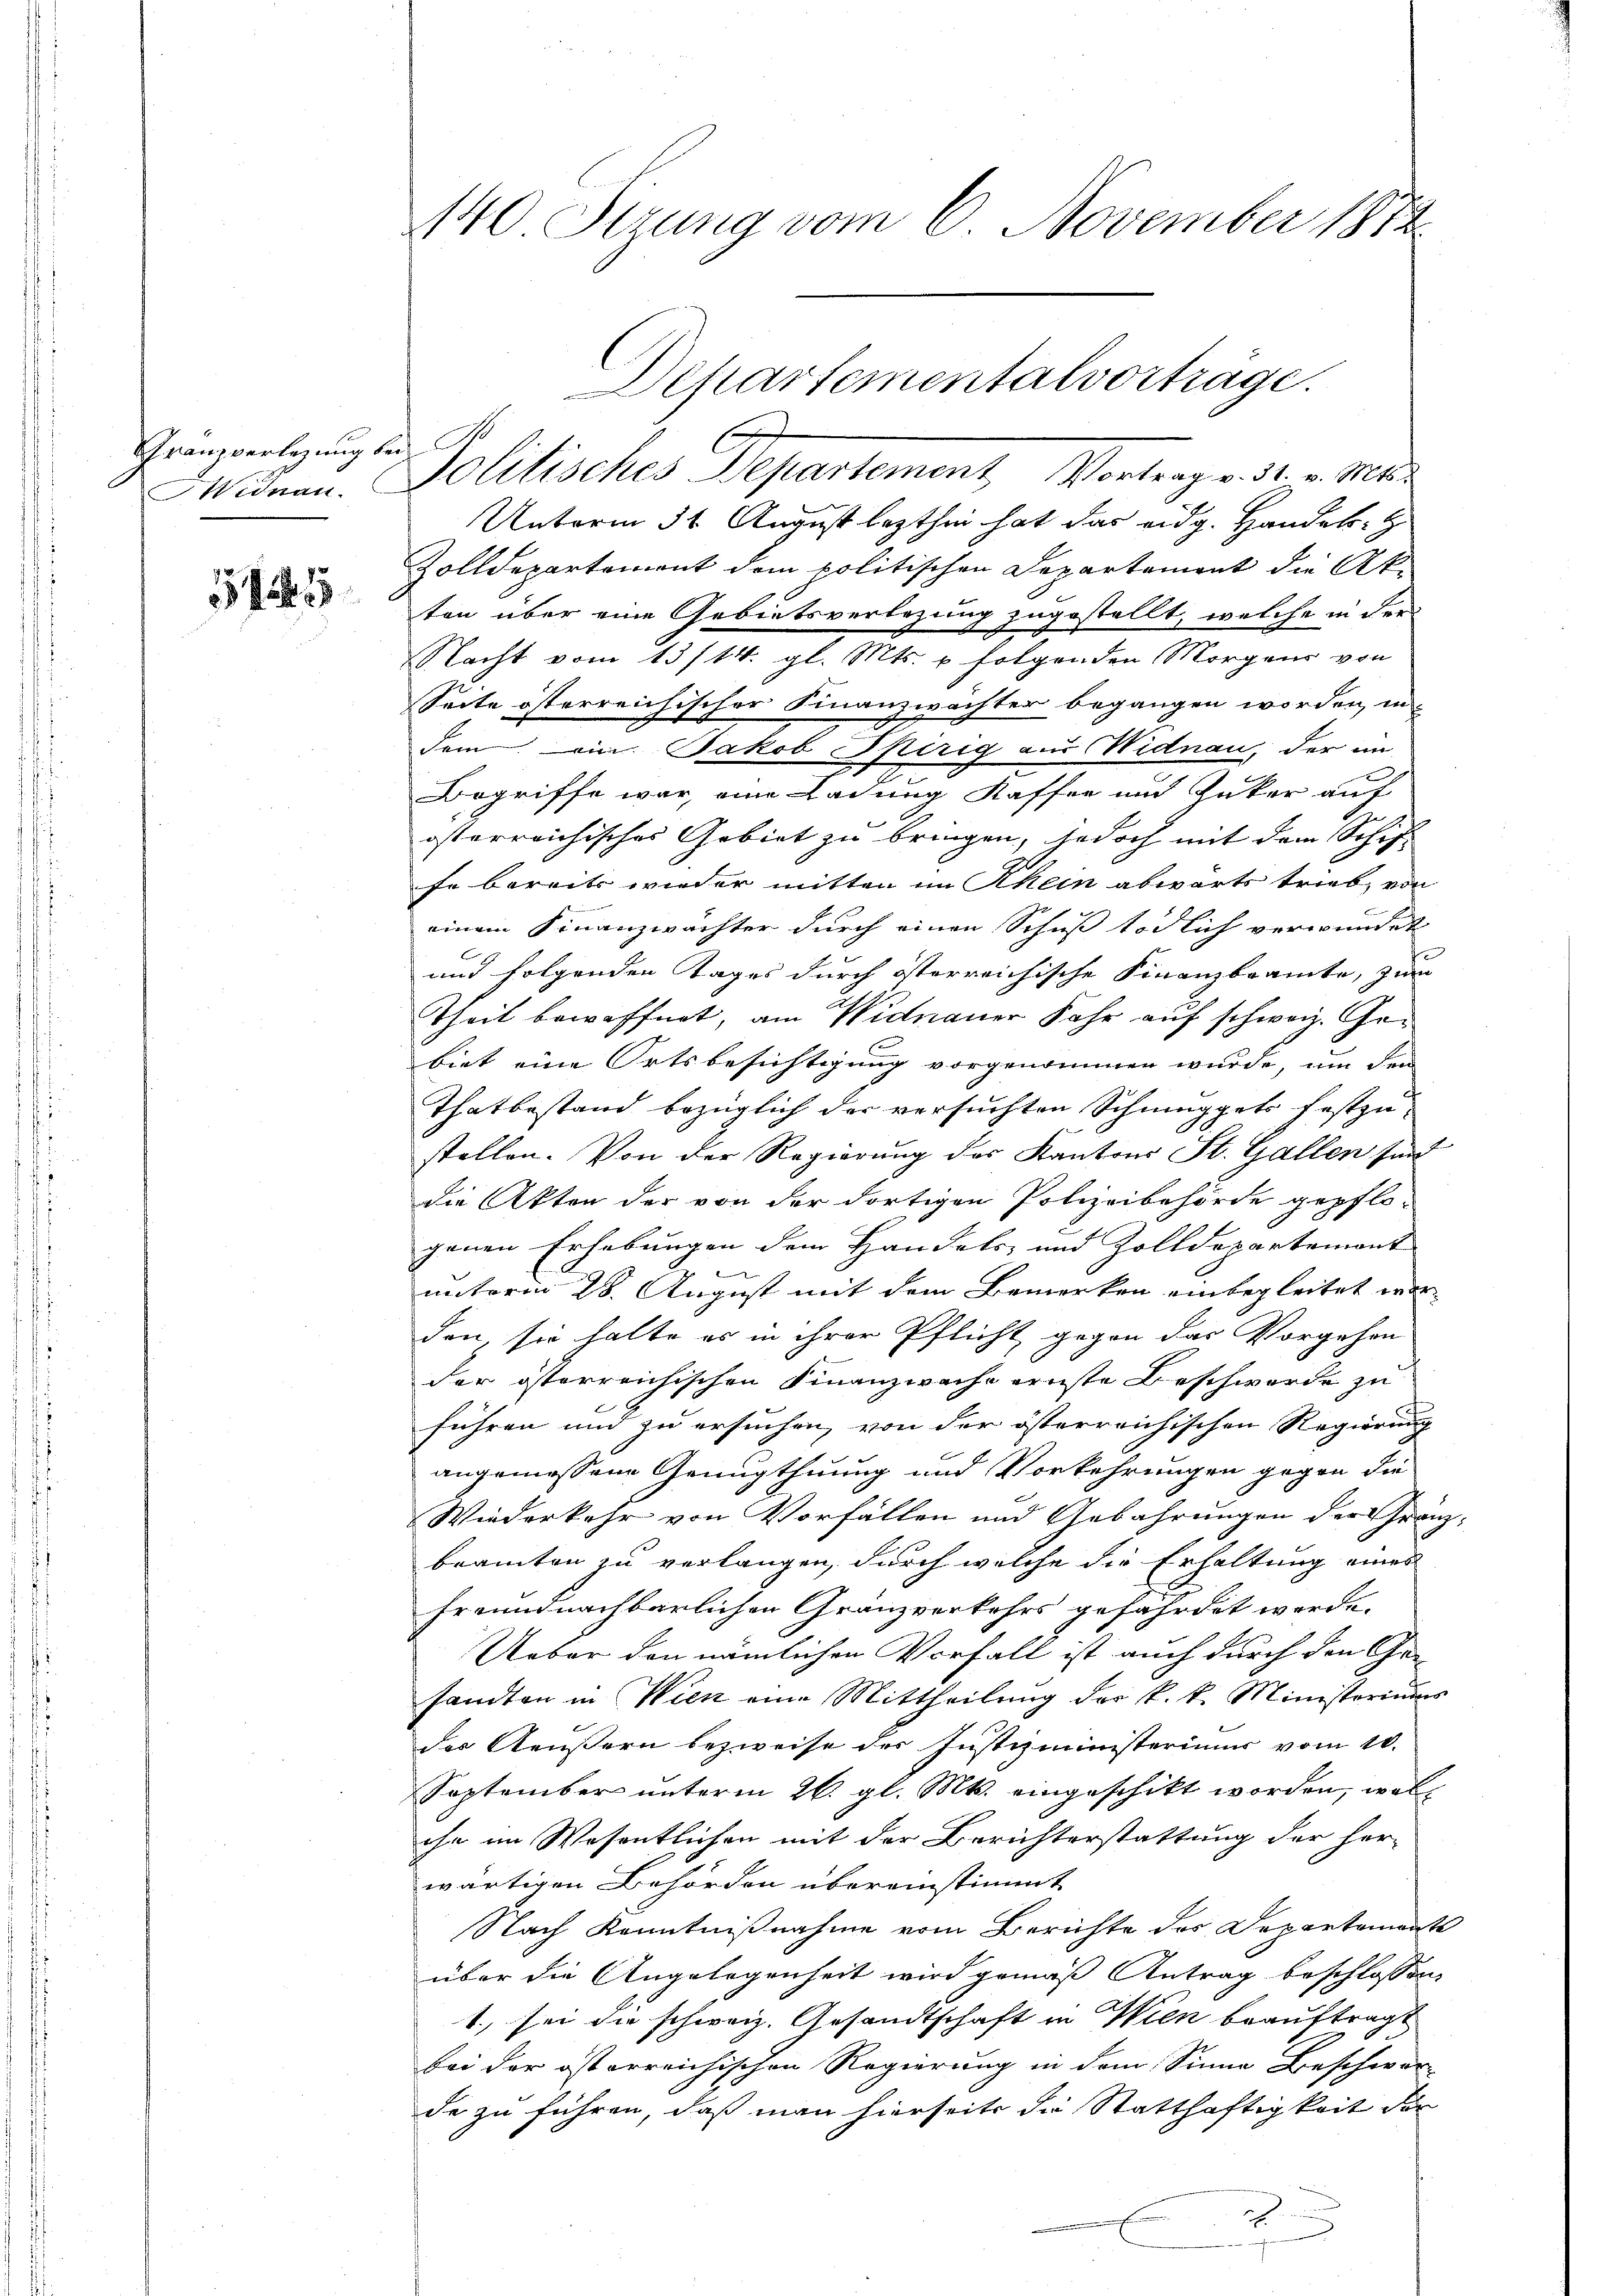
Granzverlegung bei
Widnau.

3915

140 Sizung vom 6. November 1874.

Unterm 31. August lezthin hat das eidg. Handels-
Zolldepartement dem politischen Departement die Akten über eine Gebietsverlegung zugestellt, welche in der
Nacht vom 13/14. gl. Mts. u folgenden Morgens von
Seite österreichischer Finanzwächter begangen worden, in
dem ein Jakob Spirig aus Widnau, der im
Begriffe war, eine Ladung Kaffen und Zuker auf
österreichisches Gebiet zu bringen, jedoch mit dem Schif-
fe bereits wieder mitten im Rhein abwärts trieb, von
einem Finanzwachter durch einen Schuß tödlich verwundet
und folgenden Tages durch österreichische Finanzbrannte, zum
Theil bewaffnet, am Widnauer Jahr auf schweiz. Gebiet eine Ortsbesichtigung vorgenommen wurde, um den
Thatbestand bezüglich der versuchten Schmuggets festzustellen. Von der Regierung des Kantons St. Gallen sind
die Akten der von der dortigen Polizeibehörde gepflo-
genen Erhebungen dem Handels und Zolldepartemont
t
unterm 28. August mit dem Bemerken einbegleitet war
den, sie halte es in ihrer Pflicht gegen das Vorgehen
der österreichischen Finanzwache ernste Beschwerde zu
führen und zu ersuchen, von der österreichischen Regierung
angemessene Genugthuung und Vorkehrungen gegen die
Wiederkehr von Vorfällen und Gebahrungen der Gränzbeamten zu verlangen, durch welche die Erhaltung eines
freundnachbarlichen Gränzverkehrs gefährdet werde.
Ueber den nämlichen Vorfall ist auch durch den Gesandten in Wien eine Mittheilung der k. k. Ministeriums
des Aeußern bezweife der Justizministerium vom 10.
September unterm 26. gl. Mts. eingeschikt worden, woll
ihn im Wesentlichen mit der Berichterstattung der her-
wärtigen Behörden übereinstimmt
Nach Kenntnißnahme vom Berichte des Departement
über die Angelegenheit wird gemäß Antrag beschlossen,
1., sei die schweiz. Gesandtschaft in Wien beauftragt
bei der österreichischen Regierung in dem Sinne Beschwor-
de zu führen, daß man hierseits die Statthaftigkeit der

E
.

Departementalvorträge.
Politisches Departement, Vortrage den Mitt